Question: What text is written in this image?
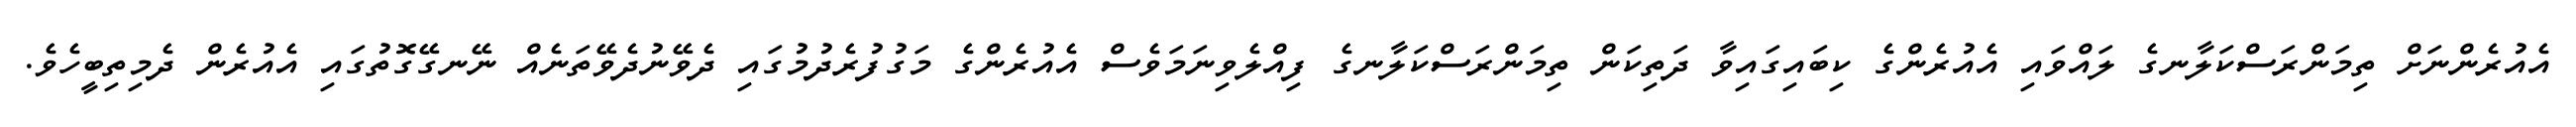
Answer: އެއުރެންނަށް ތިމަންރަސްކަލާނގެ ލައްވައި އެއުރެންގެ ކިބައިގައިވާ ދަތިކަން ތިމަންރަސްކަލާނގެ ފިއްލެވިނަމަވެސް އެއުރެންގެ މަގުފުރެދުމުގައި ދެވޭނުދެވޭތަނެއް ނޭނގޭގޮތުގައި އެއުރެން ދެމިތިބީހެވެ.